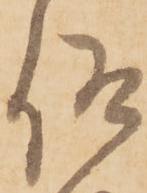
仰